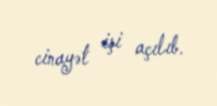
cinayət işi açılıb.